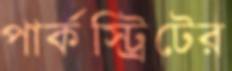
পার্কস্ট্রিটের